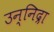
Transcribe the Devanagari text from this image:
उन्निद्रा